Vabadussoja_Ajaloo_Komitee, lk 25
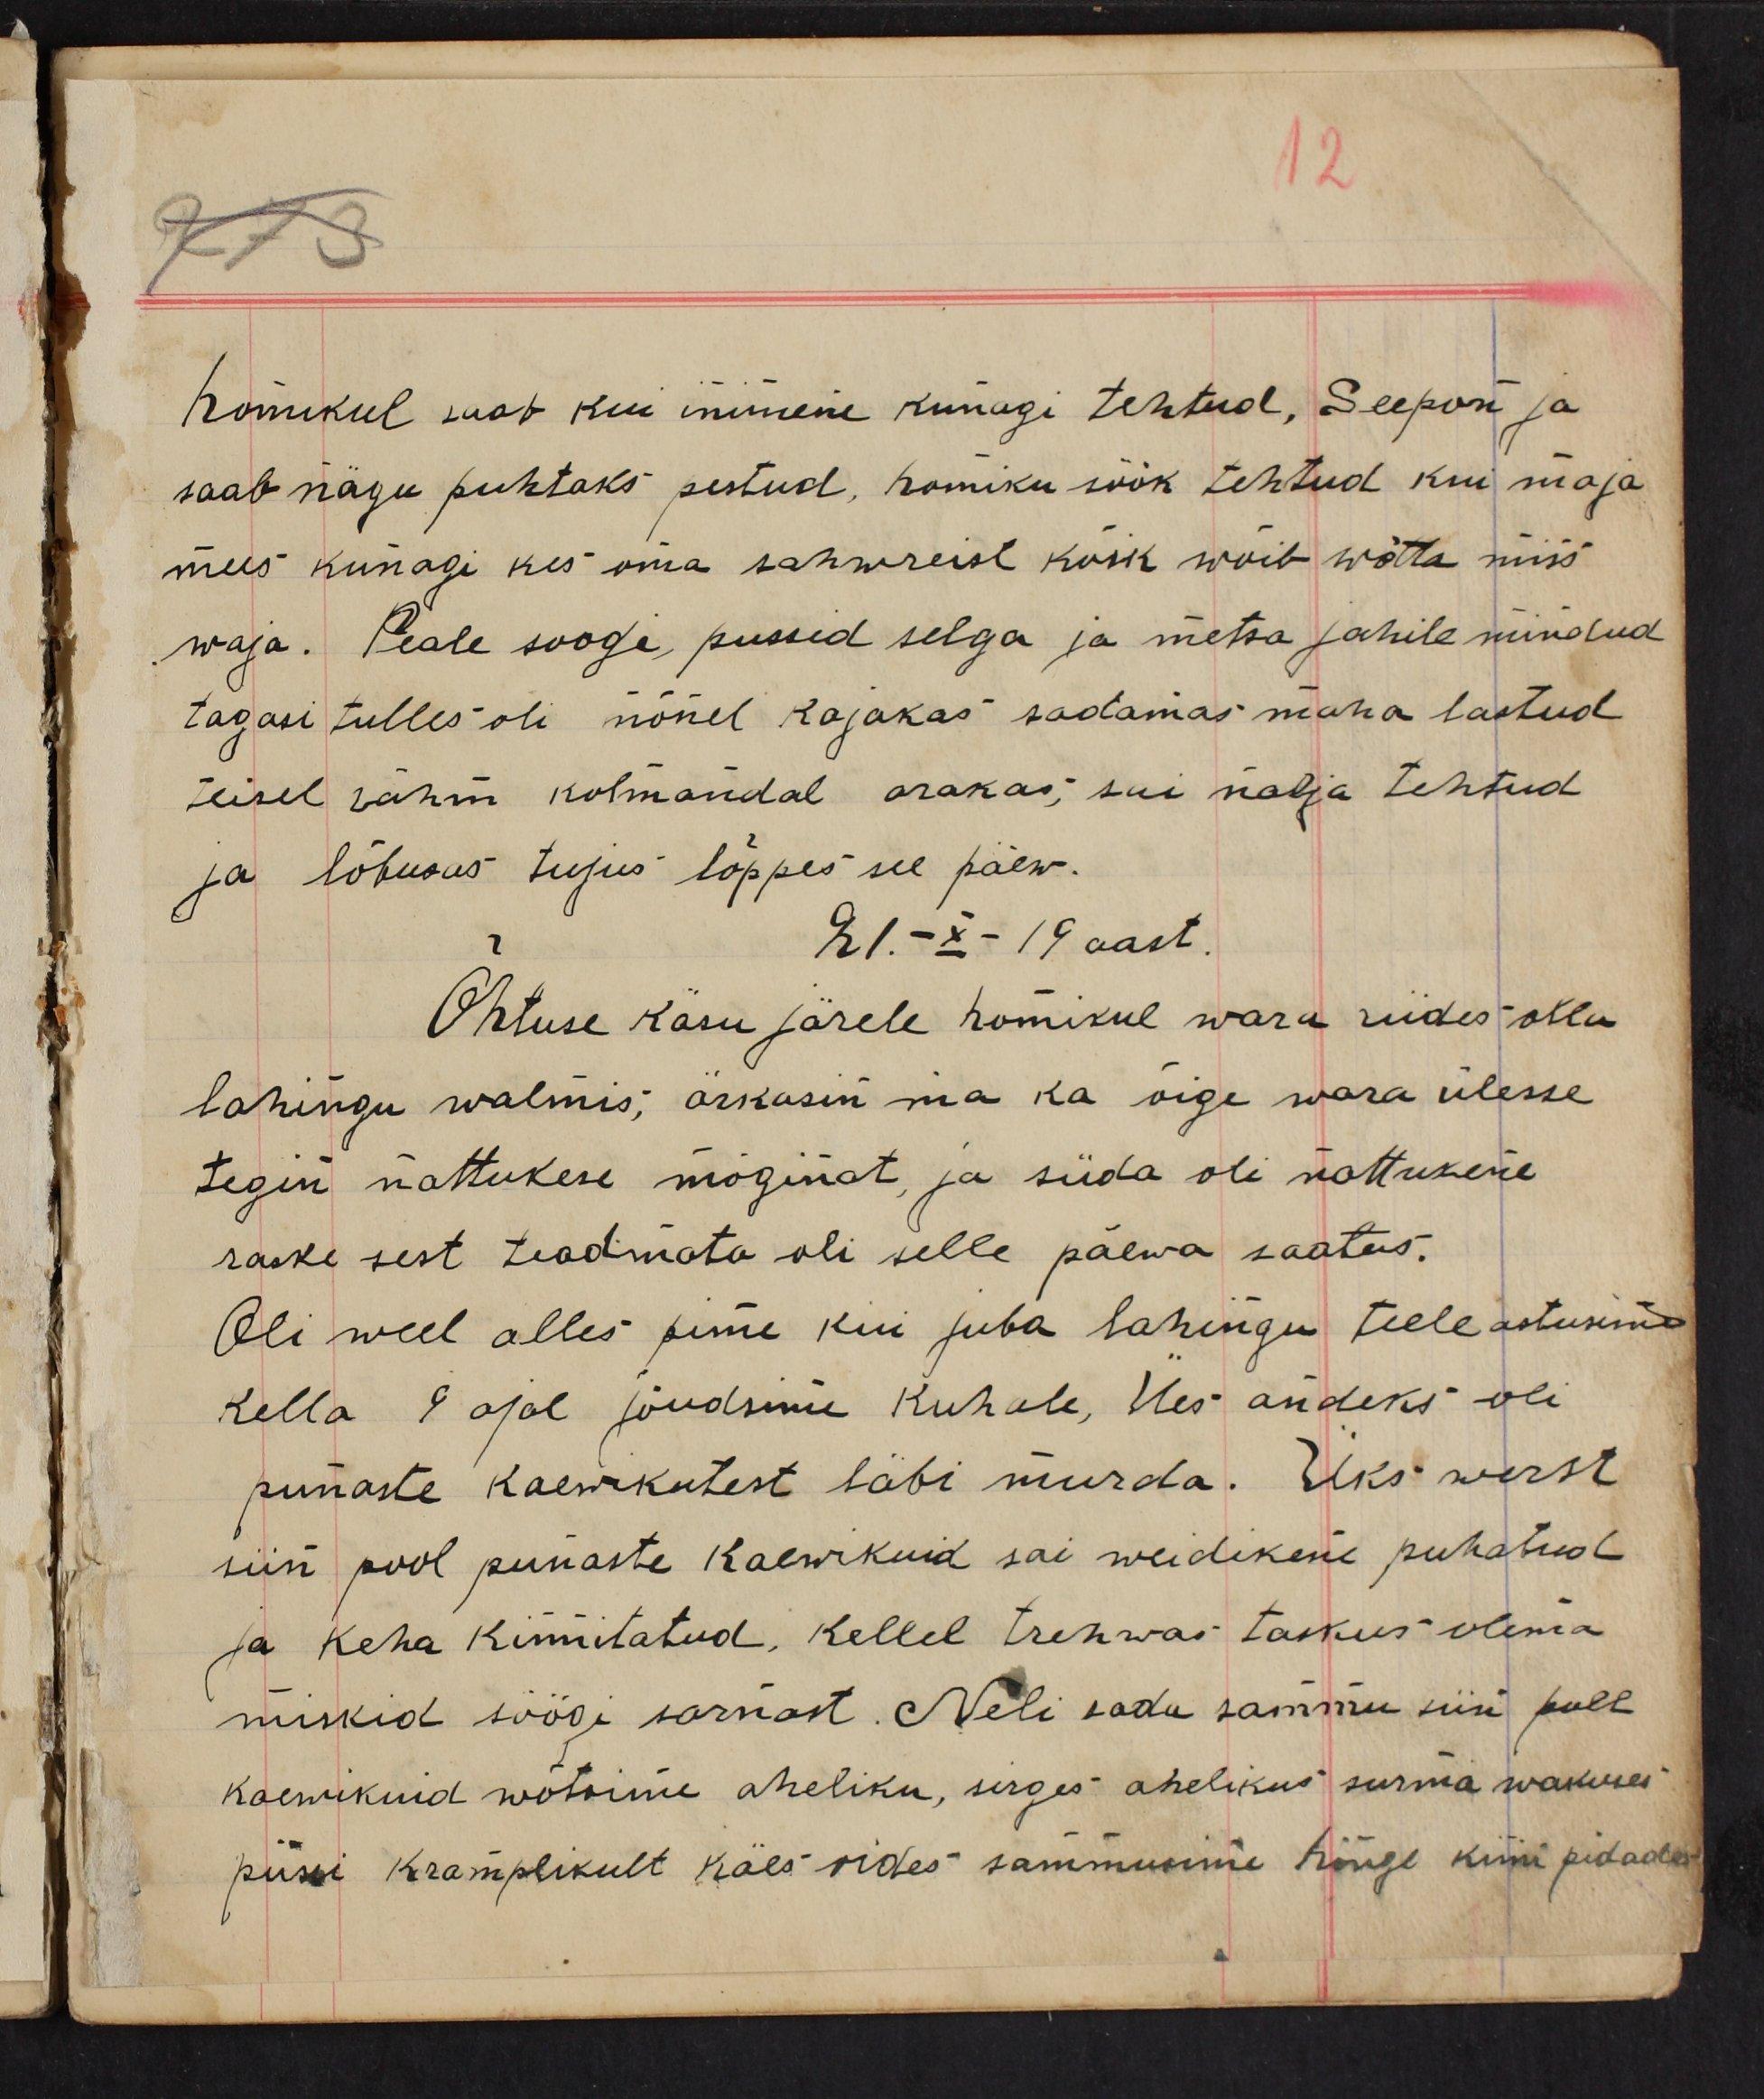
homikul saab kui inimene kunagi tehtud, Seepon ja
saab nägu puhtaks pestud, homiku söök tehtud kui maja
mees kunagi kes oma sahwreist kõik wõib wõtta miss
waja. Peale soogi, pussid selga ja metsa jahile mindud
tagasi tulles oli mõnel kajakas sadamas maha lastud
teisel rähn kolmandal arakas; sai nalja tehtud
ja lõbusas tujus lõppes see päev.
21.-X-19 aast.
Õhtuse käsu järele homikul wara riides olla
lahingu walmis; ärkasin ma ka õige wara ülesse
tegin nattukese möginat ja süda oli nattukene
raske sest teadmata oli selle päewa saatus.
Oli weel alles pime kui juba lahingu teele astusime
Kella 9 ajal jõudsime Kuhale, Ües andeks oli
punaste kaewikutest läbi murda. Üks werst
siin pool punaste kaewikuid sai weidikene puhatud
ja keha kinnitatud, kellel trehwas taskus olema
miskid söögi sarnast. Neli sada sammu siin poll
kaewikuid wõtsime aheliku, sirges ahelikus surma wakuses
püssi kramplikult käes hoides sammusime hinge kinni pidades